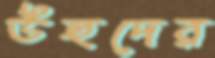
উহুদের